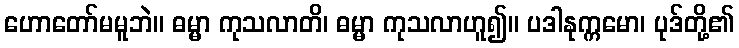
ဟောတော်မမူဘဲ။ ဓမ္မာ ကုသလာတိ၊ ဓမ္မာ ကုသလာဟူ၍။ ပဒါနုက္ကမော၊ ပုဒ်တို့၏